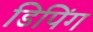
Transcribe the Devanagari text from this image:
डिपिंग